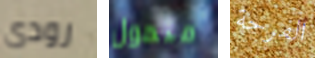
رودى متحول الفرحة